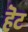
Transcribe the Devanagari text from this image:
हॆट